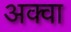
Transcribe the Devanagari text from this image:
अक्वा